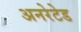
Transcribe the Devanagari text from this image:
अनरेटेड